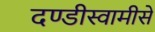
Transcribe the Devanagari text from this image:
दण्डीस्वामीसे